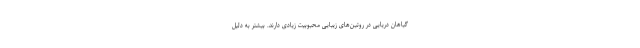
گیاهان دریایی در روتین‌های زیبایی محبوبیت زیادی دارند. بیشتر به دلیل